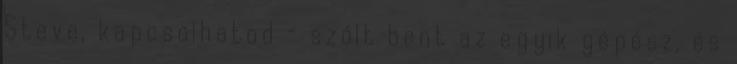
Steve, kapcsolhatod – szólt bent az egyik gépész, és